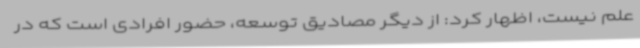
علم نیست، اظهار کرد: از دیگر مصادیق توسعه، حضور افرادی است که در